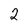
Character: 2